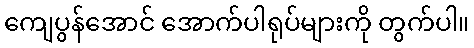
ကျေပွန်အောင် အောက်ပါရုပ်များကို တွက်ပါ။